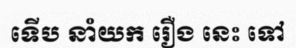
ទើប នាំយក រឿង នេះ ទៅ